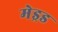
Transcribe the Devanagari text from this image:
मेड्रड